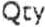
QTY